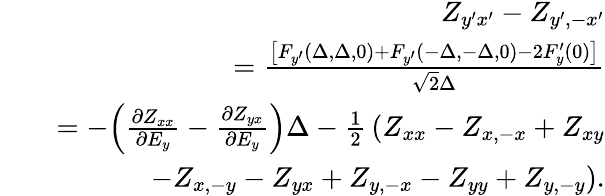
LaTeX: \begin{array}{rlr}&{}&{Z_{y^{\prime}x^{\prime}}-Z_{y^{\prime},-x^{\prime}}}\\ &{}&{\qquad=\frac{\left[F_{y^{\prime}}(\Delta,\Delta,0)+F_{y^{\prime}}(-\Delta,-\Delta,0)-2F_{y}^{\prime}(0)\right]}{\sqrt{2}\Delta}}\\ &{}&{=-\Bigl(\frac{\partial Z_{xx}}{\partial E_{y}}-\frac{\partial Z_{yx}}{\partial E_{y}}\Bigr)\Delta-\frac{1}{2}\, (Z_{xx}-Z_{x,-x}+Z_{xy}}\\ &{}&{\qquad-Z_{x,-y}-Z_{yx}+Z_{y,-x}-Z_{yy}+Z_{y,-y}).}\end{array}